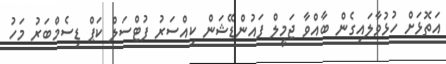
އަތޮޅަށް ހުޅުވާލައިގެން ބާއްވާ ޖަމީލް ފައުންޑޭޝަން ކިއްސަރު ފުޓްސަލް ކަޕް ޑިސެމްބަރު މަހު